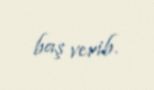
baş verib.